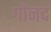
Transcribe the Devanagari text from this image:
गोनद